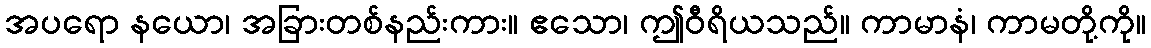
အပရော နယော၊ အခြားတစ်နည်းကား။ ဧသော၊ ဤဝီရိယသည်။ ကာမာနံ၊ ကာမတို့ကို။